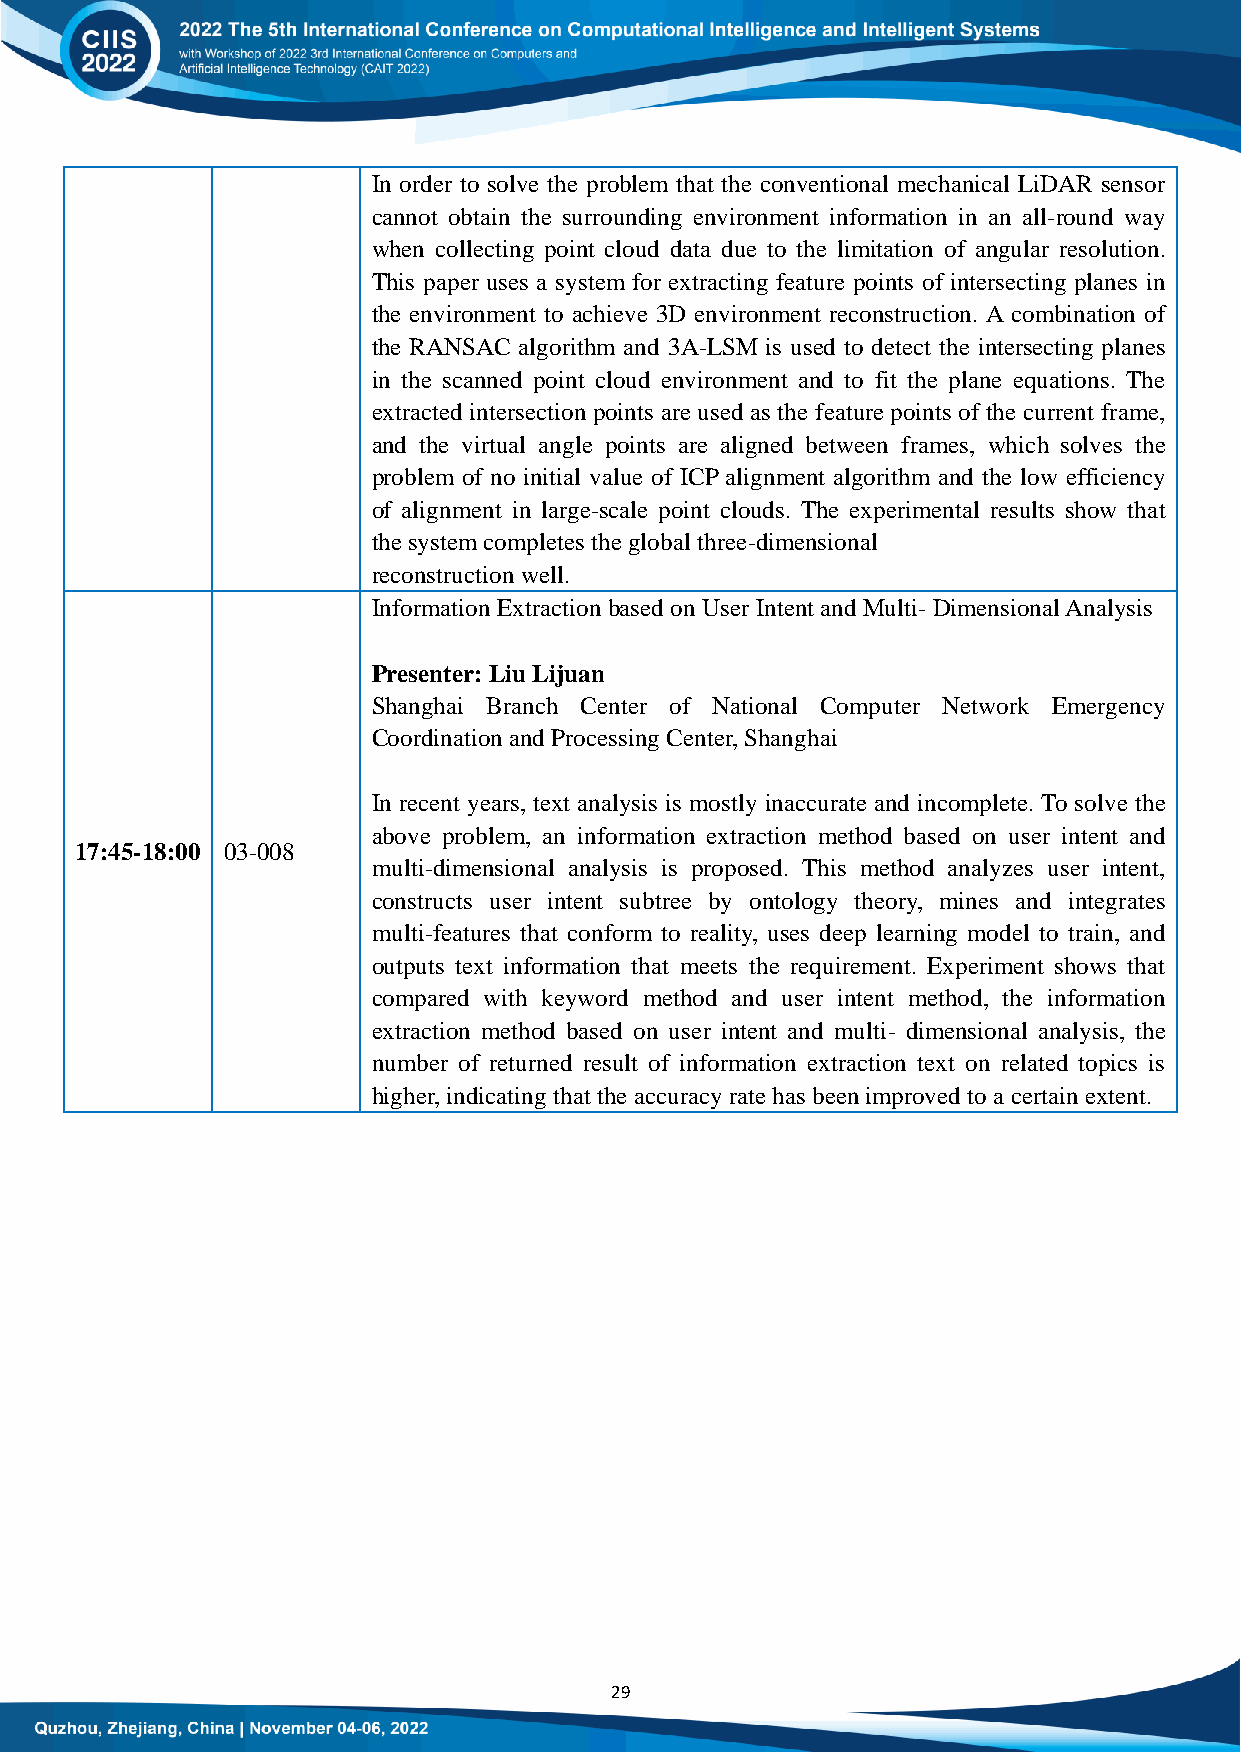
In order to solve the problem that the conventional mechanical LiDAR sensor
 cannot obtain the surrounding environment information in an all-round way
 when collecting point cloud data due to the limitation of angular resolution.
 This paper uses a system for extracting feature points of intersecting planes in
 the environment to achieve 3D environment reconstruction. A combination of
 the RANSAC algorithm and 3A-LSM is used to detect the intersecting planes
 in the scanned point cloud environment and to fit the plane equations. The
 extracted intersection points are used as the feature points of the current frame,
 and the virtual angle points are aligned between frames, which solves the
 problem of no initial value of ICP alignment algorithm and the low efficiency
 of alignment in large-scale point clouds. The experimental results show that
 the system completes the global three-dimensional
 reconstruction well.
 Information Extraction based on User Intent and Multi- Dimensional Analysis
 Presenter: Liu Lijuan
 Shanghai Branch Center of National Computer Network Emergency
 Coordination and Processing Center, Shanghai
 In recent years, text analysis is mostly inaccurate and incomplete. To solve the
 above problem, an information extraction method based on user intent and
 17:45-18:00 03-008
 multi-dimensional analysis is proposed. This method analyzes user intent,
 constructs user intent subtree by ontology theory, mines and integrates
 multi-features that conform to reality, uses deep learning model to train, and
 outputs text information that meets the requirement. Experiment shows that
 compared with keyword method and user intent method, the information
 extraction method based on user intent and multi- dimensional analysis, the
 number of returned result of information extraction text on related topics is
 higher, indicating that the accuracy rate has been improved to a certain extent.
 29